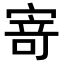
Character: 𭔃